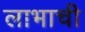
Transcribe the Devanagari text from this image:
लाभाची